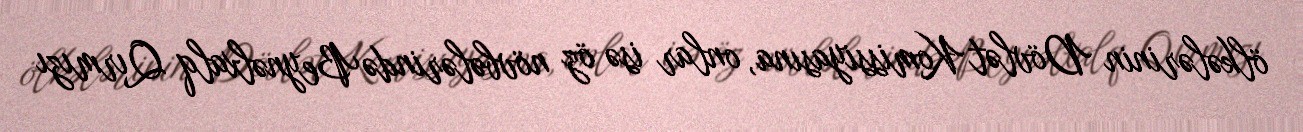
ölkələrinin Dövlət Komissiyasına, onlar isə öz növbələrində Beynəlxalq Qırmızı